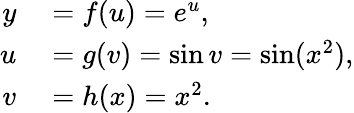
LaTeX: \begin{array}{rl}{y}&{{}=f(u)=e^{u},}\\ {u}&{{}=g(v)=\sin v=\sin(x^{2}),}\\ {v}&{{}=h(x)=x^{2}.}\end{array}